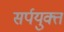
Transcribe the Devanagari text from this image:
सर्पयुक्त